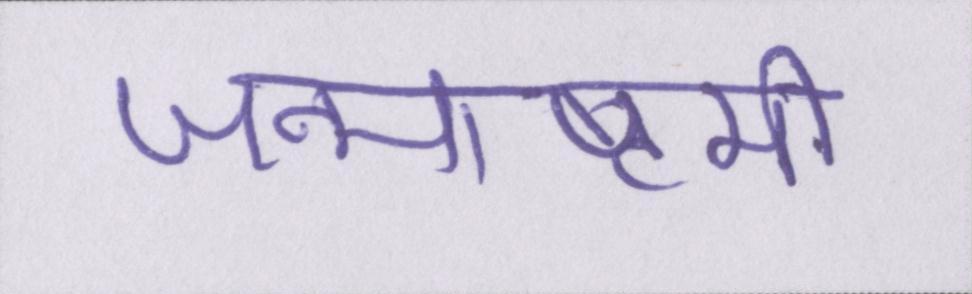
जन्माष्टमी